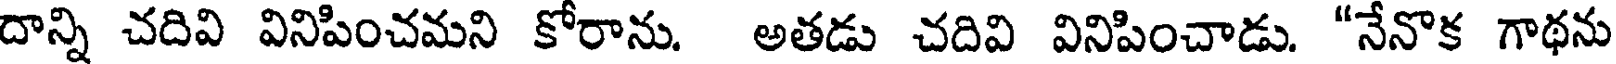
దాన్ని చదివి వినిపించమని కోరాను. అతడు చదివి వినిపించాడు. "నేనొక గాథను